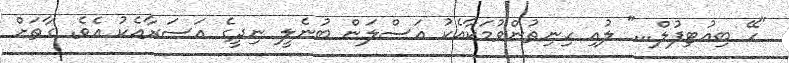
"ހޭ ބިއުޓިފުލް..." ލުއި ހިނިތުންވުމަކާއެކު އަސްލަން ބުނެލީ ނިދީގެ އަސަރާއެކު އެވެ. ގާތަށް